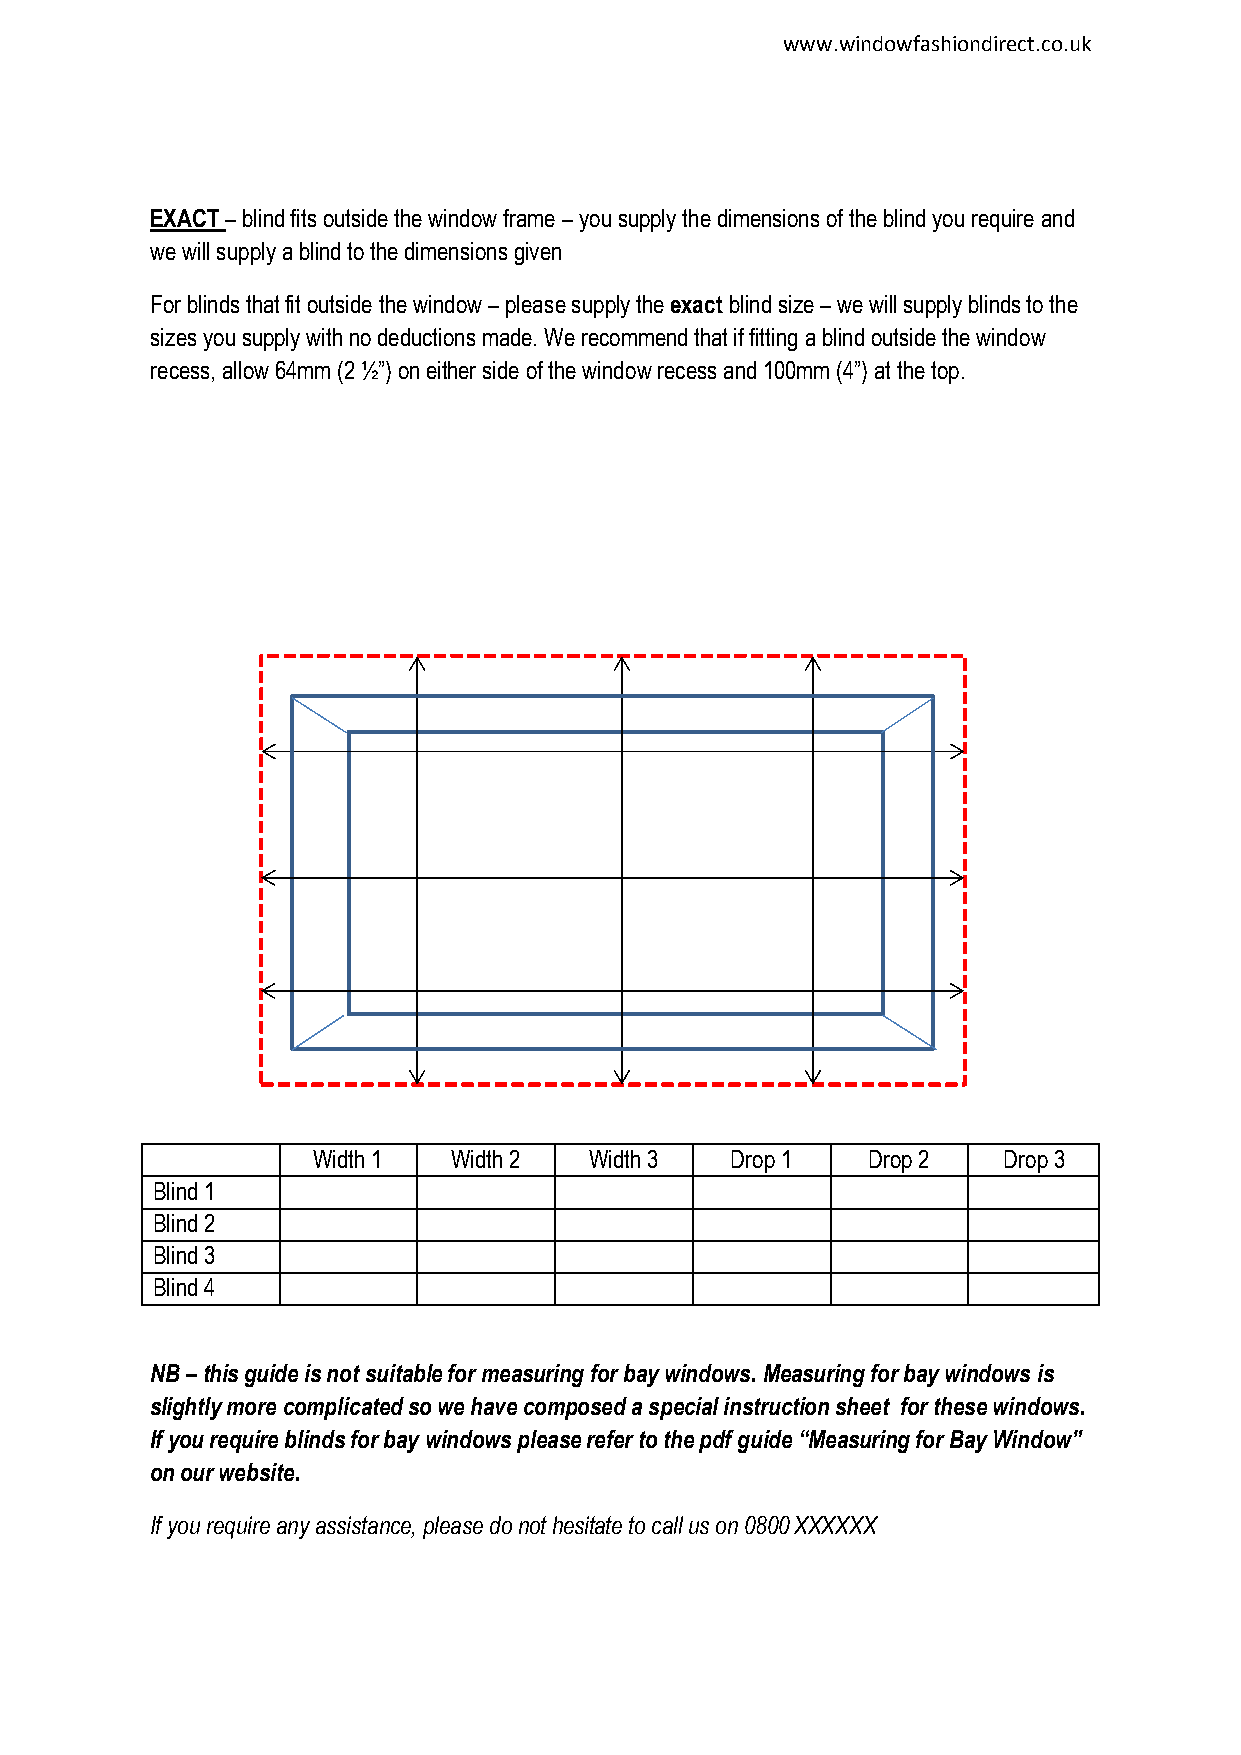
www.windowfashiondirect.co.uk
 EXACT – blind fits outside the window frame – you supply the dimensions of the blind you require and
 we will supply a blind to the dimensions given
 For blinds that fit outside the window – please supply the exact blind size – we will supply blinds to the
 sizes you supply with no deductions made. We recommend that if fitting a blind outside the window
 recess, allow 64mm (2 ½”) on either side of the window recess and 100mm (4”) at the top.
 Width 1  Width 2  Width 3  Drop 1   Drop 2   Drop 3
 Blind 1
 Blind 2
 Blind 3
 Blind 4
 NB – this guide is not suitable for measuring for bay windows. Measuring for bay windows is
 slightly more complicated so we have composed a special instruction sheet for these windows.
 If you require blinds for bay windows please refer to the pdf guide “Measuring for Bay Window”
 on our website.
 If you require any assistance, please do not hesitate to call us on 0800 XXXXXX